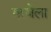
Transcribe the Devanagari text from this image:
गरजेला